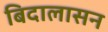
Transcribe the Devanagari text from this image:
बिदालासन